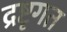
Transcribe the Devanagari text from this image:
द्रष्टृगत